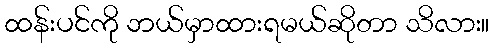
ထန်းပင်ကို ဘယ်မှာထားရမယ်ဆိုတာ သိလား။